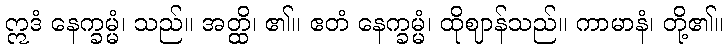
ဣဒံ နေက္ခမ္မံ၊ သည်။ အတ္ထိ၊ ၏။ ဧတံ နေက္ခမ္မံ၊ ထိုဈာန်သည်။ ကာမာနံ၊ တို့၏။